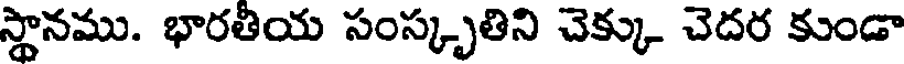
స్థానము. భారతియ సంస్కృతిని చెక్కు చెదర కుండా